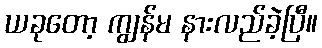
ယခုတော့ ကျွန်မ နားလည်ခဲ့ပြီ။